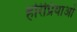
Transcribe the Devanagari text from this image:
हरिप्रियाओं